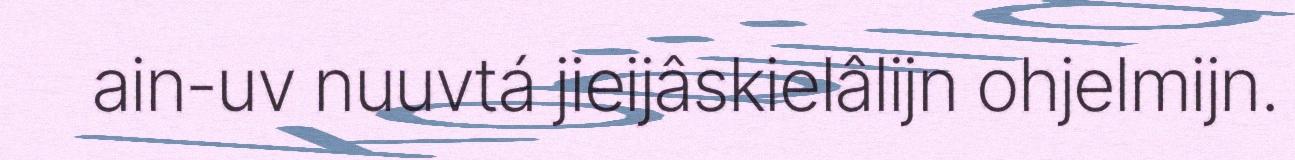
ain-uv nuuvtá jieijâskielâlijn ohjelmijn.